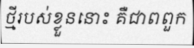
ថ្មីរបស់ខ្លួននោះ គឺជាពពួក